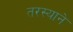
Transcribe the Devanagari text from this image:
तरस्याने